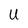
Character: U